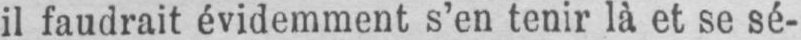
il faudrait évidemment s’en tenir là et se sé-